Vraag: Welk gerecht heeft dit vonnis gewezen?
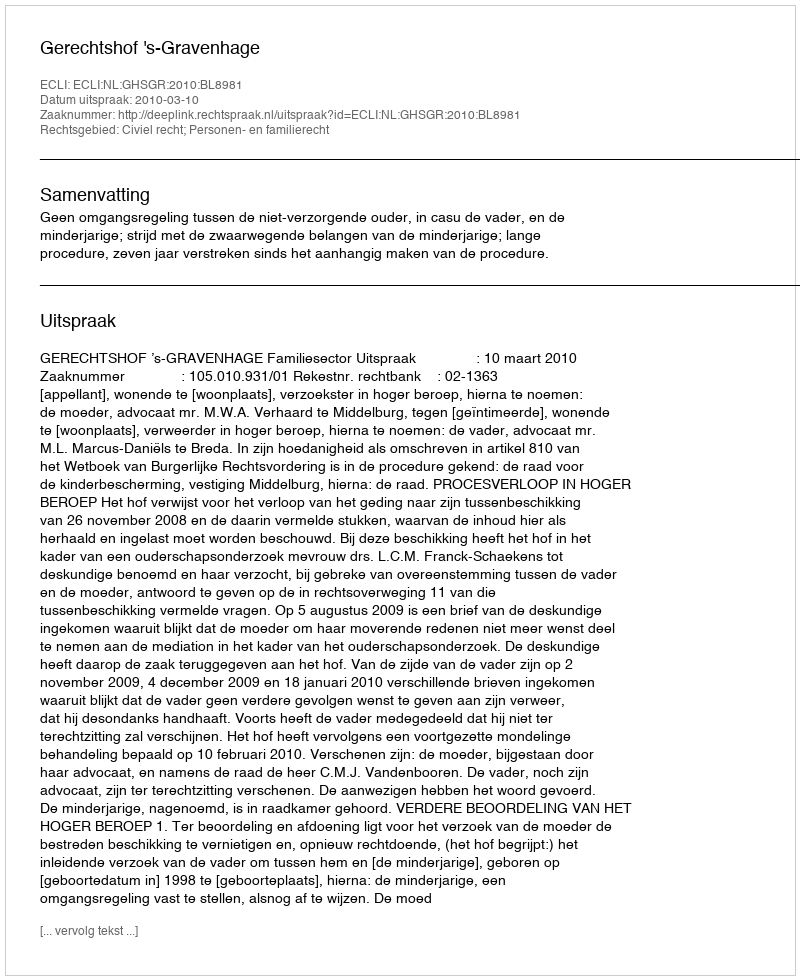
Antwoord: Gerechtshof 's-Gravenhage